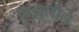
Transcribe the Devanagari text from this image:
फुझुलीने